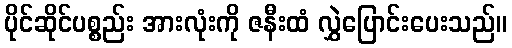
ပိုင်ဆိုင်ပစ္စည်း အားလုံးကို ဇနီးထံ လွှဲပြောင်းပေးသည်။